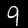
Digit: 9